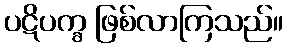
ပဋိပက္ခ ဖြစ်လာကြသည်။